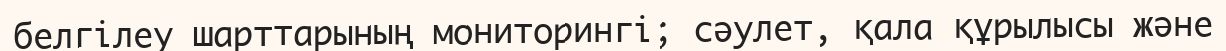
белгілеу шарттарының мониторингі; сәулет, қала құрылысы және